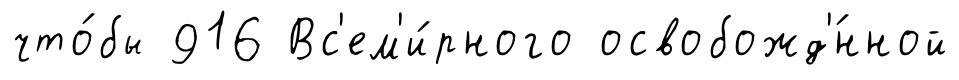
что́бы 916 Вс'ем'и́рного освобожд'́нной